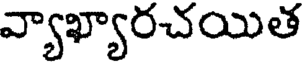
వ్యాఖ్యారచయిత